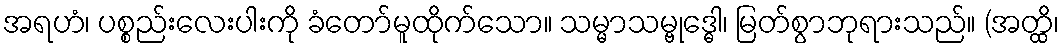
အရဟံ၊ ပစ္စည်းလေးပါးကို ခံတော်မူထိုက်သော။ သမ္မာသမ္ဗုဒ္ဓေါ၊ မြတ်စွာဘုရားသည်။ (အတ္ထိ၊